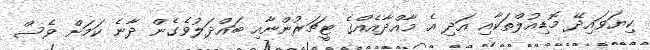
ކިޔަވައިދޭ މޮޑިއުލްތަކާއި އަދި އެ މާއްދާއެއްގެ ޓީޗަރުންނާއި ބައްދަލުވެގެން ދާނެ ކަމަށް ވެސް